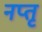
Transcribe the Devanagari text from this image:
नप्तृ